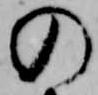
の